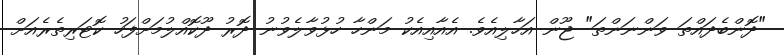
"ދޮންބެދައްތަ ވަންނަންތަ" ޖޫން އަހާލިއެވެ. އެއާއިއެކު މަންހާ ހުޅުވާލެވުނު ދޮރު ދޫކޮއްލުމަށްފަހު ކޮޓަރިތެރެއަށް